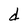
Character: d